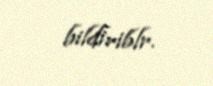
bildiriblr.